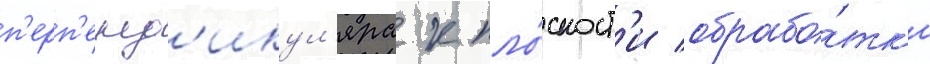
п'ерп'енд'икул'яра к пло́скост'и обрабо́тк'и